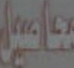
محاصيل